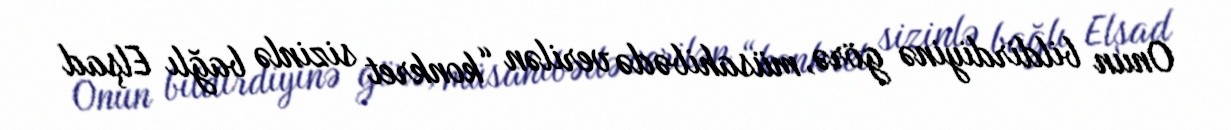
Onun bildirdiyinə görə, müsahibədə verilən “konkret sizinlə bağlı Elşad